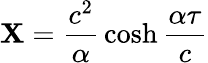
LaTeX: \mathbf{X}={\frac{{c^{2}}}{{\alpha}}}\cosh{\frac{{\alpha\tau}}{{c}}}